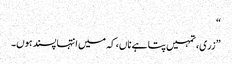
“
”زری، تمہیں پتا ہے ناں، کہ میں انتہا پسند ہوں۔